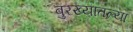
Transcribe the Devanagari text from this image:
बुरख्यातल्या